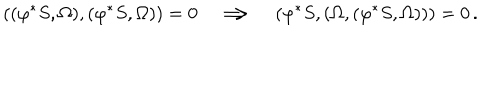
( ( \varphi ^ { * } S , { \Omega } ) , ( \varphi ^ { * } S , { \Omega } ) ) = 0 \quad \Longrightarrow \quad ( \varphi ^ { * } S , ( { \Omega } , ( \varphi ^ { * } S , { \Omega } ) ) ) = 0 \, .